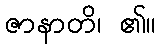
ဇာနာတိ၊ ၏။